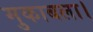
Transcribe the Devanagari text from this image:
मुकाबला।